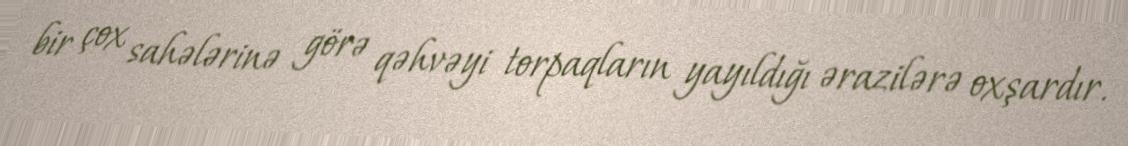
bir çox sahələrinə görə qəhvəyi torpaqların yayıldığı ərazilərə oxşardır.